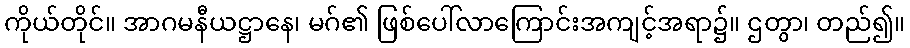
ကိုယ်တိုင်။ အာဂမနီယဋ္ဌာနေ၊ မဂ်၏ ဖြစ်ပေါ်လာကြောင်းအကျင့်အရာ၌။ ဌတွာ၊ တည်၍။